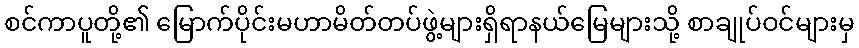
စင်ကာပူတို့၏ မြောက်ပိုင်းမဟာမိတ်တပ်ဖွဲ့များရှိရာနယ်မြေများသို့ စာချုပ်ဝင်များမှ